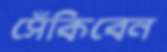
সেঁকিবেন